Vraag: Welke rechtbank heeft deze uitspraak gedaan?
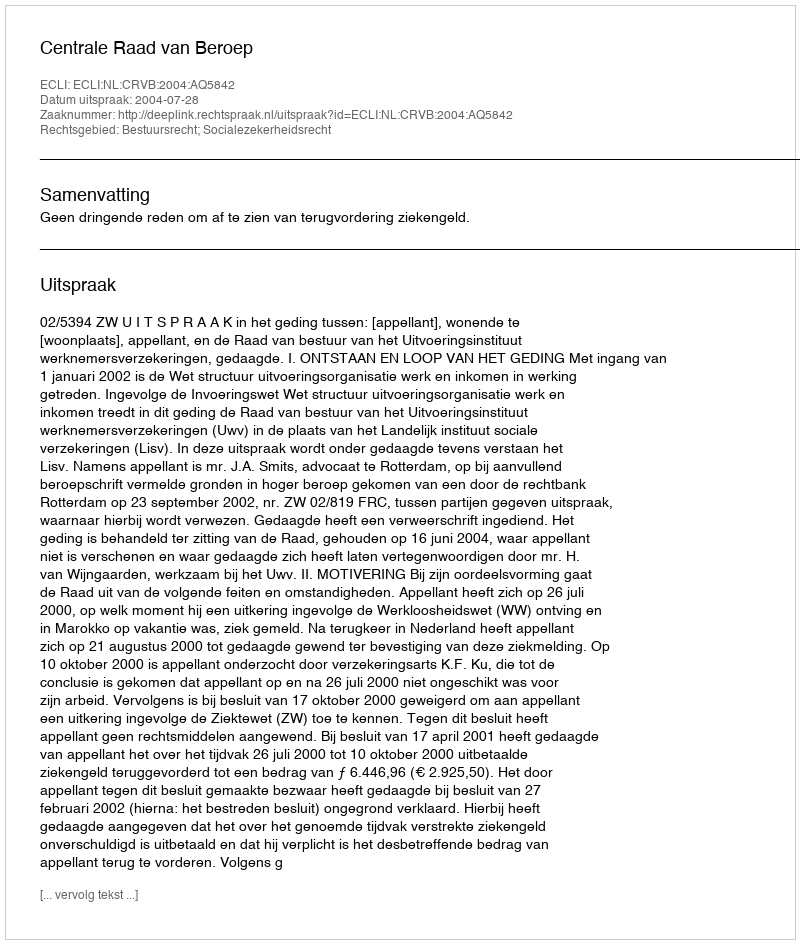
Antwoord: Centrale Raad van Beroep